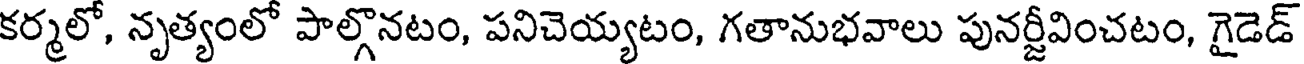
కర్మలో, నృత్యంలో పాల్గొనటం, పనిచెయ్యటం, గతానుభవాలు పునర్జీవించటం, గైడెడ్